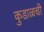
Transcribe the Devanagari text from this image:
कुडाळची